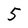
Character: 5